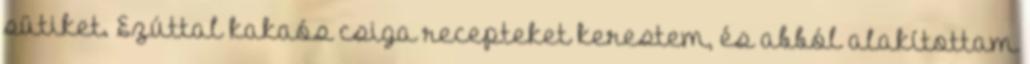
sütiket. Ezúttal kakaós csiga recepteket kerestem, és abból alakítottam